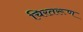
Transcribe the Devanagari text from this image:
चिरतरूण